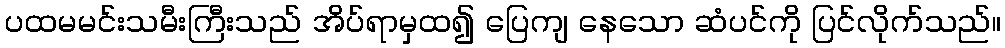
ပထမမင်းသမီးကြီးသည် အိပ်ရာမှထ၍ ပြေကျ နေသော ဆံပင်ကို ပြင်လိုက်သည်။